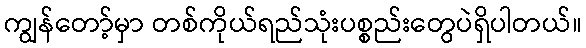
ကျွန်တော့်မှာ တစ်ကိုယ်ရည်သုံးပစ္စည်းတွေပဲရှိပါတယ်။